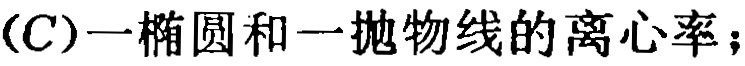
(C)一椭圆和一抛物线的离心率；